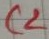
Text: C2